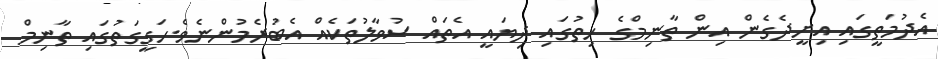
އެދުމަތީގައި އިށީދެގެން އިން ތާނިމްގެ ހިތުގައި ދިޔައީ އެތައް ސުވާލުތަކެއް އެބުރެމުންނެވެ.ހަގީގަތުގައި ތާނިމް